Annual report on the Civil Veterinary Department, Burma (including the Insein Veterinary School) - 1932-1941
Year: 1932
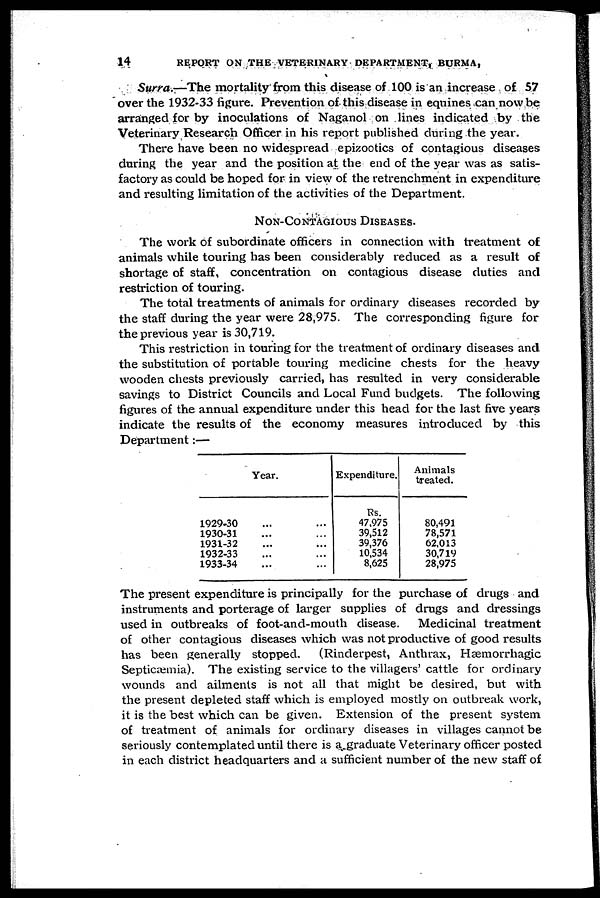
14
REPORT ON THE VETERINARY DEPARTMENT, BURMA,
Surra.—The mortality from this disease of 100 is an increase of 57
over the 1932-33 figure. Prevention of this disease in equines can now be
arranged for by inoculations of Naganol on lines indicated by the
Veterinary Research Officer in his report published during the year.
There have been no widespread epizootics of contagious diseases
during the year and the position at the end of the year was as satis-
factory as could be hoped for in view of the retrenchment in expenditure
and resulting limitation of the activities of the Department.
NON-CONTAGIOUS DISEASES.
The work of subordinate officers in connection with treatment of
animals while touring has been considerably reduced as a result of
shortage of staff, concentration on contagious disease duties and
restriction of touring.
The total treatments of animals for ordinary diseases recorded by
the staff during the year were 28,975. The corresponding figure for
the previous year is 30,719.
This restriction in touring for the treatment of ordinary diseases and
the substitution of portable touring medicine chests for the heavy
wooden chests previously carried, has resulted in very considerable
savings to District Councils and Local Fund budgets. The following
figures of the annual expenditure under this head for the last five years
indicate the results of the economy measures introduced by this
Department:—
Year.
1929-30 ... ...
1930-31 ... ...
1931-32 ... ...
1932-33 ... ...
1933-34 ... ...
Expenditure.
Rs.
47,975
39,512
39,376
10,534
8,625
Animals
treated.
80,491
78,571
62,013
30,719
28,975
The present expenditure is principally for the purchase of drugs and
instruments and porterage of larger supplies of drugs and dressings
used in outbreaks of foot-and-mouth disease. Medicinal treatment
of other contagious diseases which was not productive of good results
has been generally stopped.
(Rinderpest, Anthrax, Hæmorrhagic
Septicæmia). The existing service to the villagers' cattle for ordinary
wounds and ailments is not all that might be desired, but with
the present depleted staff which is employed mostly on outbreak work,
it is the best which can be given. Extension of the present system
of treatment of animals for ordinary diseases in villages cannot be
seriously contemplated until there is a graduate Veterinary officer posted
in each district headquarters and a sufficient number of the new staff of